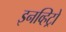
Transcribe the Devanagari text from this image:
इनव्हिट्रो